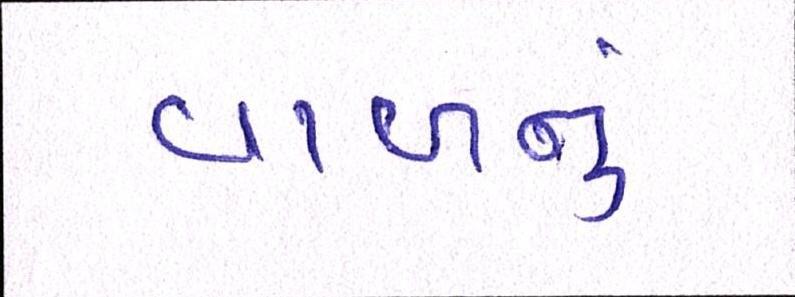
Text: વાળનું